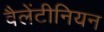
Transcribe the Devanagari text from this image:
वैलेंटीनियन